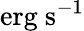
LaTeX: \mathrm{erg~s^{-1}}